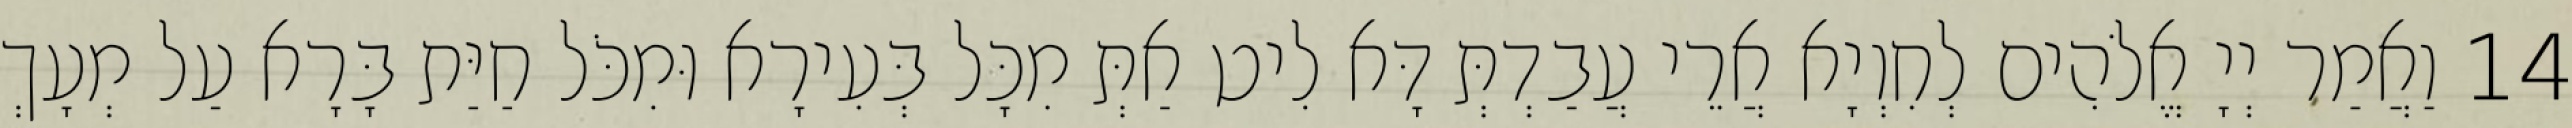
14 וַאֲמַר יְיָ אֱלֹהִים לְחִוְיָא אֲרֵי עֲבַדְתְּ דָּא לִיט אַתְּ מִכָּל בְּעִירָא וּמִכֹּל חַיַּת בָּרָא עַל מְעָךְ